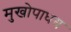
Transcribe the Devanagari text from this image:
मुखोपाधय